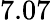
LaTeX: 7.07